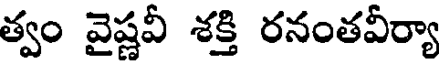
త్వం వైష్ణవీ శక్తి రనంతవీర్యా